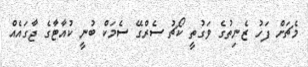
މެޗަށް ފަހު ޒެނިތުގެ ވަގުތީ ކޯޗު ސެރްގޭ ސެމަކް ބުނީ ކުއާޓާގެ ޖާގައެއް